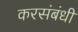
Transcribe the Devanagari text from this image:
करसंबंधी